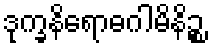
ဒုက္ခနိရောဓဂါမိနိဉ္စ